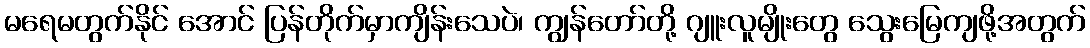
မရေမတွက်နိုင် အောင် ပြန်တိုက်မှာကျိန်းသေပဲ၊ ကျွန်တော်တို့ ဂျူးလူမျိုးတွေ သွေးမြေကျဖို့အတွက်